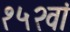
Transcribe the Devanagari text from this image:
१५२वां